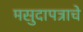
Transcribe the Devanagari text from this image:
मसुदापत्राचे